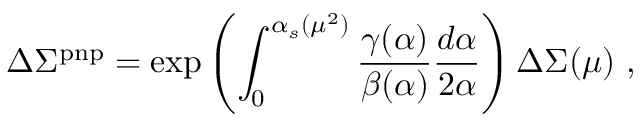
\Delta \Sigma ^ { \mathrm { p n p } } = \exp \left( \int _ { 0 } ^ { \alpha _ { s } ( \mu ^ { 2 } ) } { \frac { \gamma ( \alpha ) } { \beta ( \alpha ) } } { \frac { d \alpha } { 2 \alpha } } \right) \Delta \Sigma ( \mu ) \ ,